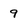
Character: 9